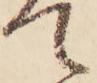
て